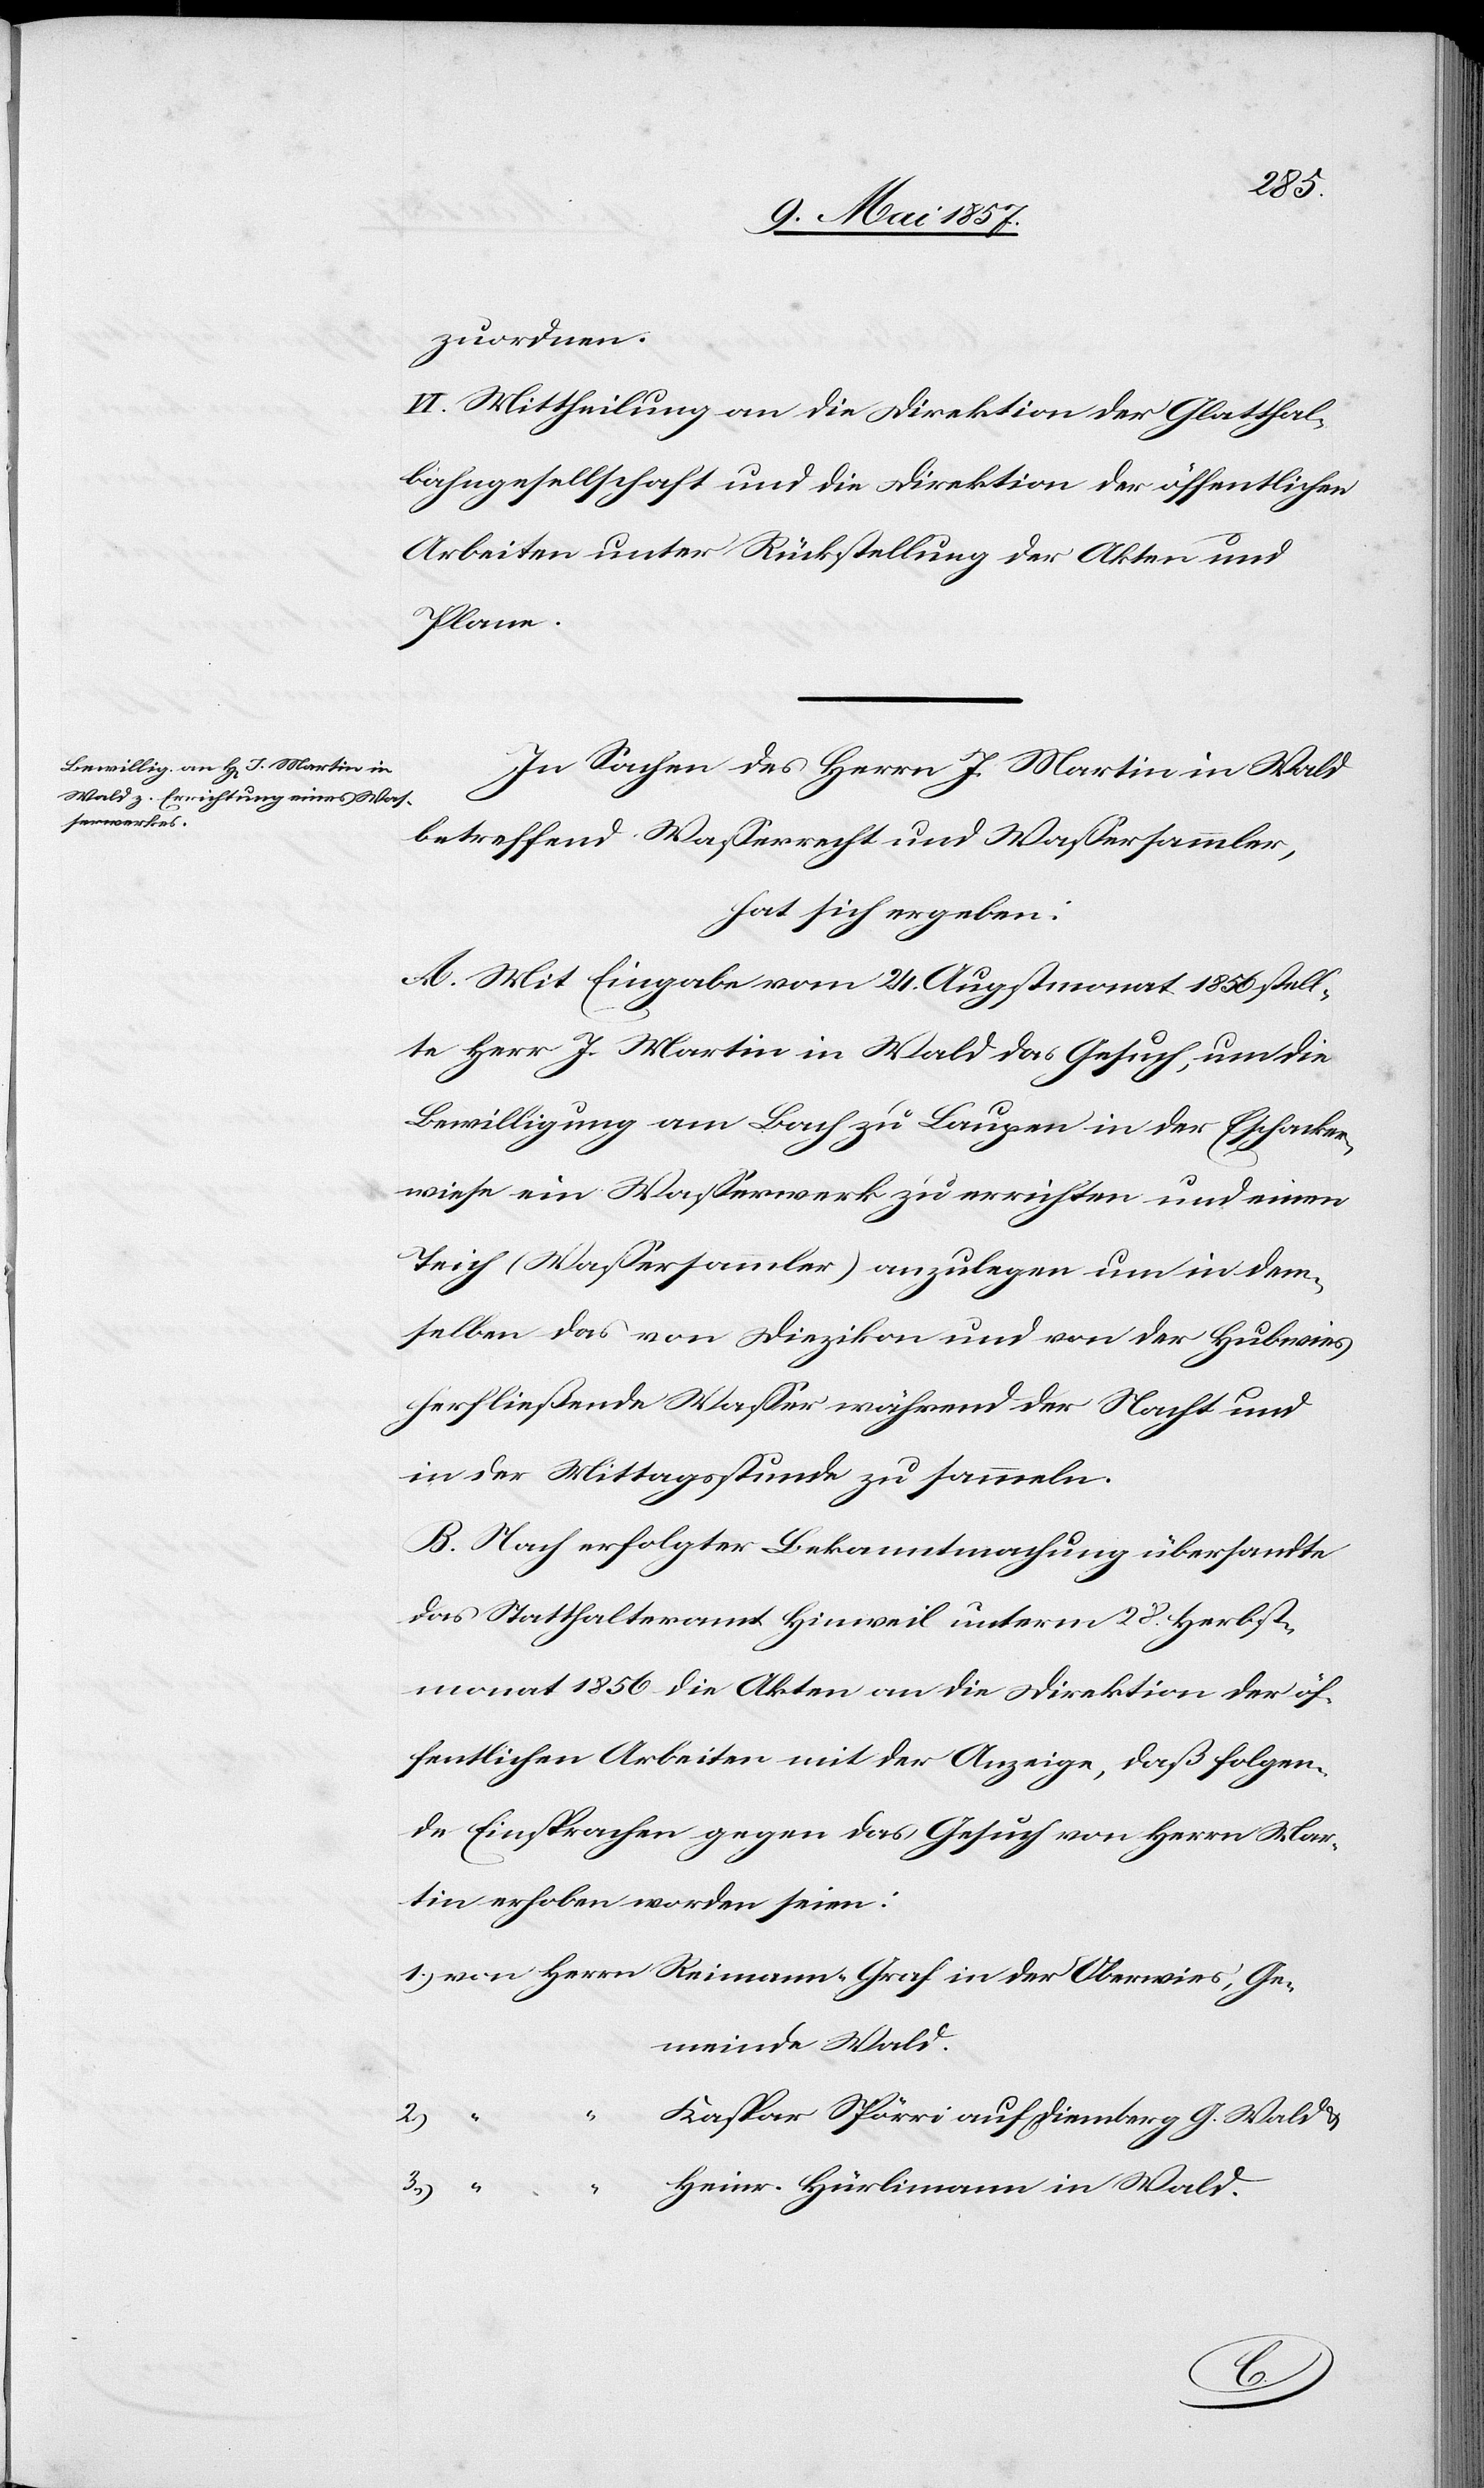
lichen
zuordnen.
IV. Mittheilung an die Direktion der Glatthal¬
Arbeiten unter Rückstellung der Akten und
Plane.
In Sachen des Herrn J. Martin in Wald
betreffend Wasserrecht und Wassersammler,
hat sich ergeben:
A. Mit Eingabe vom 24 Augstmonat 1856 stell¬
te Herr J. Martin in Wald das Gesuch, um die
Bewilligung am Bach zu Laupen in der Eschacker¬
wiese ein Wasserwerk zu errichten und einen
Teich (Wassersammler) anzulegen um in dem¬
selben das von Diezikon und von der Hubwies
herfließende Wasser während der Nacht und
in der Mittagsstunde zu sammeln.
B. Nach erfolgter Bekanntmachung übersandte
das Statthalteramt Hinweil unterm 28 Herbst¬
monat 1856 die Akten an die Direktion der öf¬
fentlichen Arbeiten mit der Anzeige, daß folgen¬
de Einsprachen gegen das Gesuch von Herrn Mar¬
tin erhoben worden seien:
1.) von Herrn Reimann Graf in der Oberwies, Ge¬
meinde Wald.
öffent¬
Kaspar Spörri auf Diemberg G. Wald &
3.) “
“ Heinr. Hürlimann in Wald.